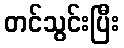
တင်သွင်းပြီး